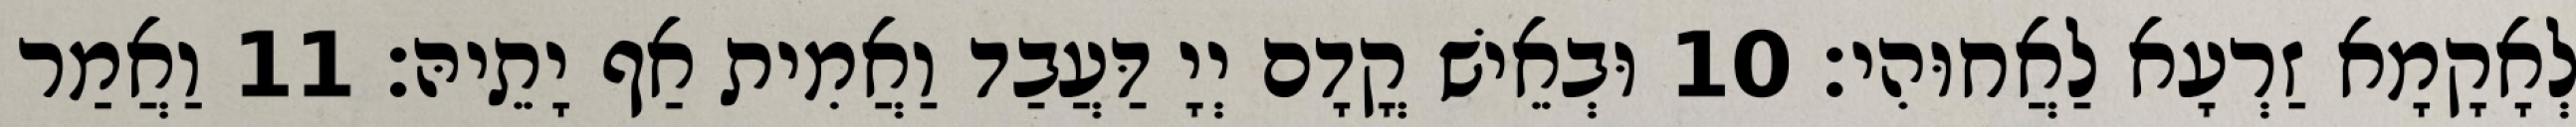
לְאָקָמָא זַרְעָא לַאֲחוּהִי׃ 10 וּבְאֵישׁ קֳדָם יְיָ דַּעֲבַד וַאֲמִית אַף יָתֵיהּ׃ 11 וַאֲמַר